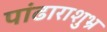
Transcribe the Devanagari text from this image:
पांढाराशुभ्र